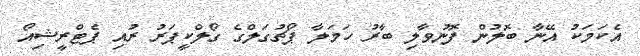
އެކަމަކު އޭނާ ބޮލުން ފޮނުވާލި ބާރު ހަމަލާ ޕޯޗުގަލްގެ ގޯލްކީޕަރު ރުއި ޕެޓްރީޝިއޯ